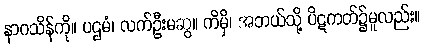
နာဂသိန်ကို။ ပဌမံ၊ လက်ဦးမဆွ။ ကိမှိ၊ အဘယ်သို့ ပိဋကတ်၌မူလည်း။